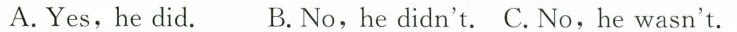
A. Yes,he did. B.No,he didn't. C. No,he wasn't.